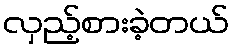
လှည့်စားခဲ့တယ်